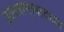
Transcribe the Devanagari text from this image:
इस्लामाबादच्या